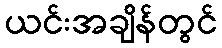
ယင်းအချိန်တွင်